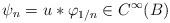
LaTeX: \begin{align*}\psi_n=u*\varphi_{1/n}\in C^\infty(B)\end{align*}